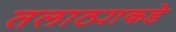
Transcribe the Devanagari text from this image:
तलाठ्याकडे